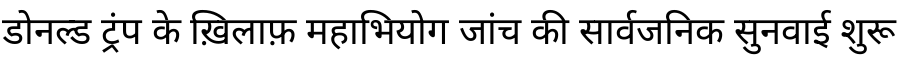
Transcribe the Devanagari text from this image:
डोनल्ड ट्रंप के ख़िलाफ़ महाभियोग जांच की सार्वजनिक सुनवाई शुरू